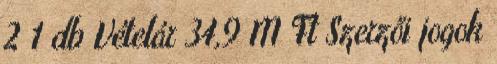
2 1 db Vételár 34,9 M Ft Szerzői jogok